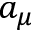
a _ { \mu }